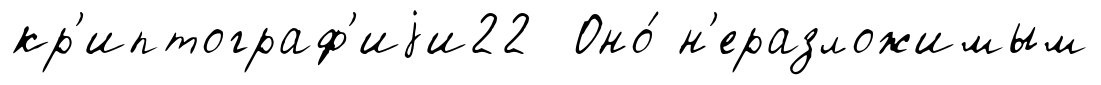
кр'иптограф'иjи22 Оно́ н'еразложимым